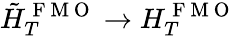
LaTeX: \tilde{H}_{T}^{\mathrm{~F~M~O~}}\rightarrow{H}_{T}^{\mathrm{~F~M~O~}}